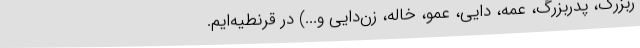
ربزرگ، پدربزرگ، عمه، دایی، عمو، خاله، زن‌دایی و...) در قرنطیه‌ایم.